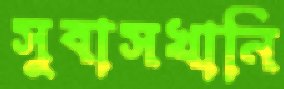
সুবাসখানি